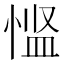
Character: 𪬌